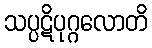
သပ္ပဋိပုဂ္ဂလောတိ